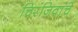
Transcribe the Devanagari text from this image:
चिरंजिवांचे